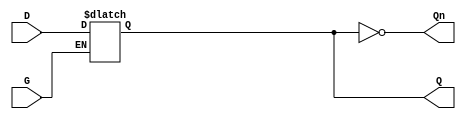
module dual_input_gated_latch (
    input wire D,       // Data Input
    input wire G,       // Gating Input
    output reg Q,       // Output
    output wire Qn      // Complement Output
);

// Complement output
assign Qn = ~Q;

// Always block to implement the latch behavior
always @(*) begin
    if (G) begin
        Q = D; // Capture D when G is high
    end
    // When G is low, Q retains its previous state (no assignment needed)
end

endmodule